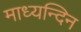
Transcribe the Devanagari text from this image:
माध्‍यन्‍दिन